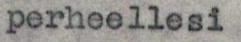
perheellesi